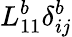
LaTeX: L_{11}^{b}\delta_{ij}^{b}